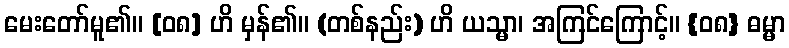
မေးတော်မူ၏။ [၀၈] ဟိ မှန်၏။ (တစ်နည်း) ဟိ ယသ္မာ၊ အကြင်ကြောင့်။ {၀၈} ဓမ္မာ